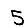
Digit: 5